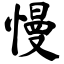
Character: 慢